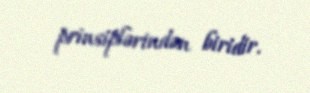
prinsiplərindən biridir.